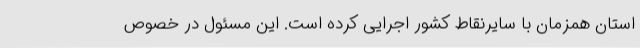
استان همزمان با سایرنقاط کشور اجرایی کرده است. این مسئول در خصوص